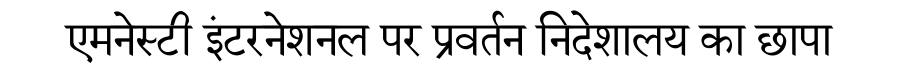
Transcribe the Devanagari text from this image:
एमनेस्टी इंटरनेशनल पर प्रवर्तन निदेशालय का छापा